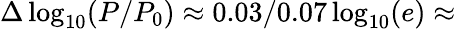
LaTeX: \Delta\log_{10}(P/P_{0})\approx 0.03/0.07\log_{10}(e)\approx